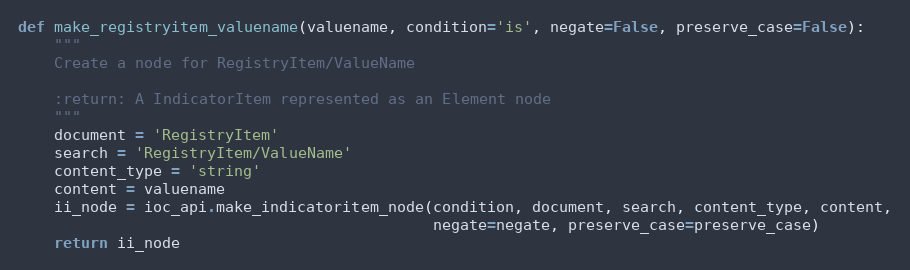
Language: Python
def make_registryitem_valuename(valuename, condition='is', negate=False, preserve_case=False):
    """
    Create a node for RegistryItem/ValueName

    :return: A IndicatorItem represented as an Element node
    """
    document = 'RegistryItem'
    search = 'RegistryItem/ValueName'
    content_type = 'string'
    content = valuename
    ii_node = ioc_api.make_indicatoritem_node(condition, document, search, content_type, content,
                                              negate=negate, preserve_case=preserve_case)
    return ii_node